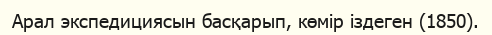
Арал экспедициясын басқарып, көмір іздеген (1850).